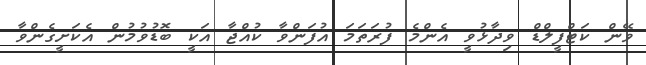
ވޭން ކަޓްފީލްޑް ވިދާޅުވީ އެންމެ ފުރަތަމަ އުފަންވާ ކުއްޖާ އަކީ ބޮޑުވުމުން އެކަށީގެންވާ